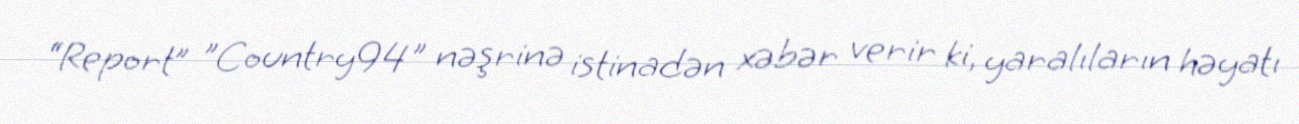
“Report” "Country94" nəşrinə istinadən xəbər verir ki, yaralıların həyatı